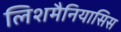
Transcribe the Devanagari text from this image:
लिशमैनियासिस